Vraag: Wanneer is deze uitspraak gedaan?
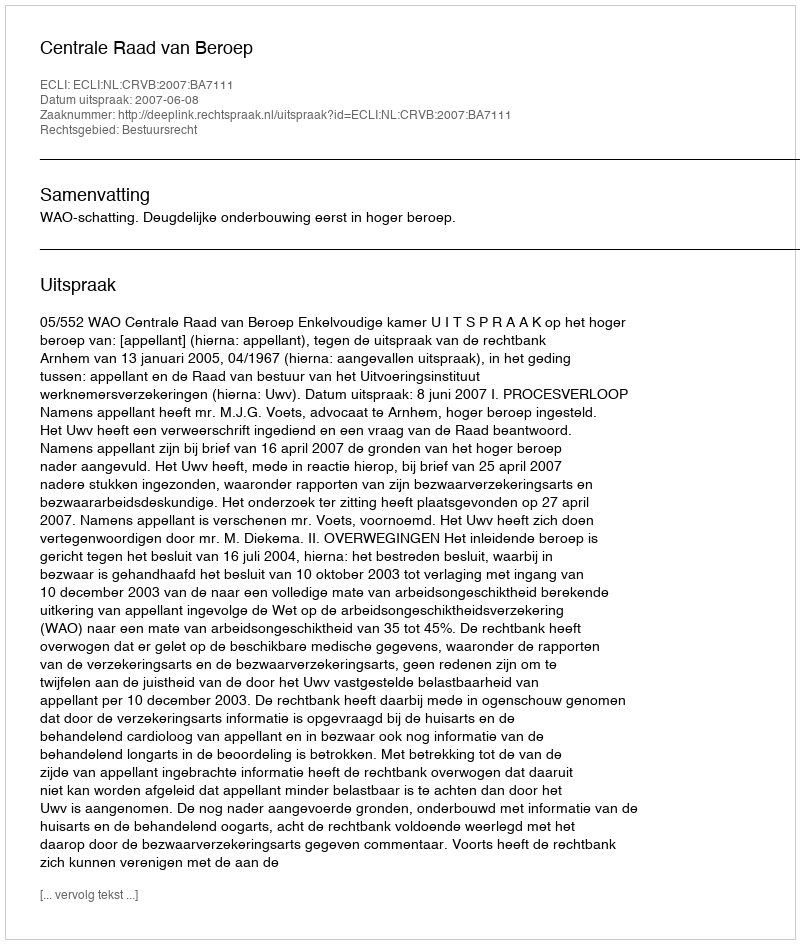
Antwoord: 2007-06-08